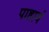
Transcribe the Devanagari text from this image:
पाहावं